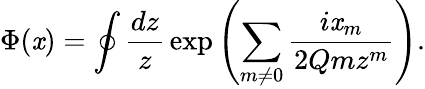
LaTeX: \Phi(\mathit{x})=\oint{\frac{{dz}}{{z}}}\exp\left(\sum_{m\neq0}{\frac{{i\mathit{x}_{m}}}{{2Qmz^{m}}}}\right).